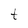
Character: t